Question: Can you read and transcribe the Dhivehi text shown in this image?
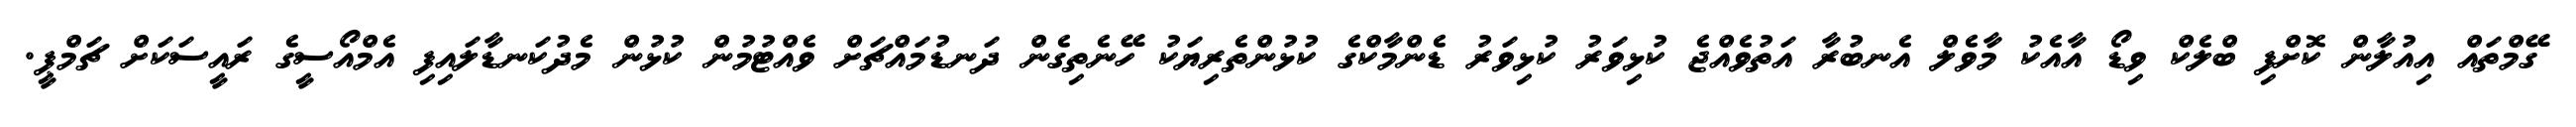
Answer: ގޭމްތައް އިއުލާން ކޮށްފި ބްލެކް ވިޑޯ އާއެކު މާވެލް އެނބުރާ އަތުވެއްޖެ ކުޅިވަރު ކުޅިވަރު ޑެންމާކްގެ ކުޅުންތެރިޔަކު ހޭނެތިގެން ދަނޑުމައްޗަށް ވެއްޓުމުން ކުޅުން މެދުކަނޑާލައިފި އެމްއޯސީގެ ރައީސަކަށް ޗަމްޕީ.